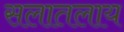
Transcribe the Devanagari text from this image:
सलातलाय